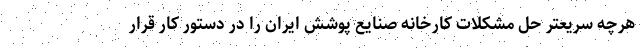
هرچه سریعتر حل مشکلات کارخانه صنایع پوشش ایران را در دستور کار قرار